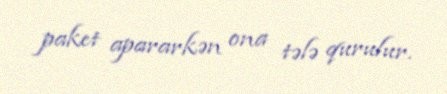
paket apararkən ona tələ qurulur.